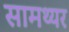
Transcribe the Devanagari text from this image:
सामथ्यर